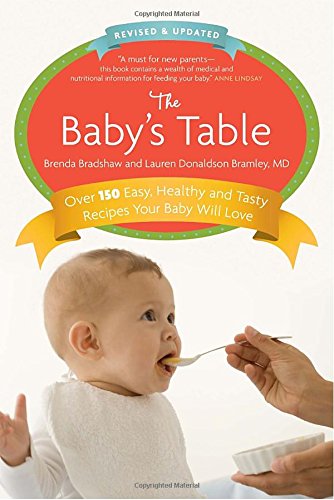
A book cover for The Baby's Table: Revised and Updated; Brenda Bradshaw; Cookbooks, Food & Wine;